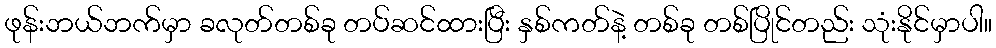
ဖုန်းဘယ်ဘက်မှာ ခလုတ်တစ်ခု တပ်ဆင်ထားပြီး နှစ်ကတ်နဲ့ တစ်ခု တစ်ပြိုင်တည်း သုံးနိုင်မှာပါ။